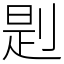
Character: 㓳